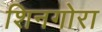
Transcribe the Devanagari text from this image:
शिनगोरा